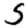
Digit: 5